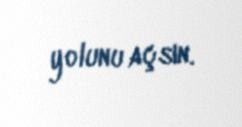
yolunu açsın.